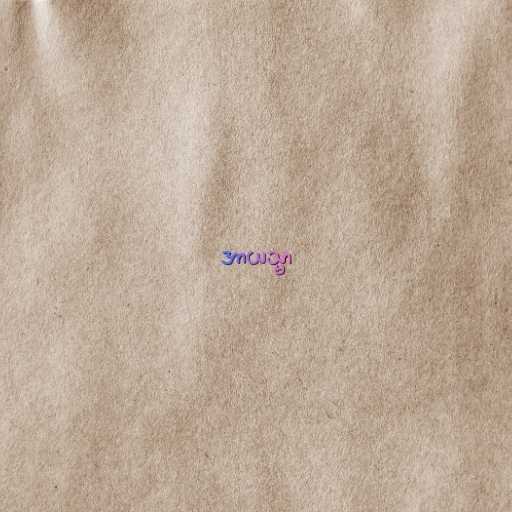
အာယသ္မာ